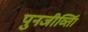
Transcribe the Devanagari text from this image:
पुनजीर्व्ताि